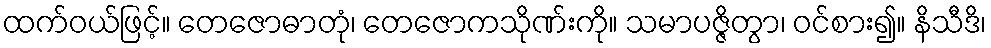
ထက်ဝယ်ဖြင့်။ တေဇောဓာတုံ၊ တေဇောကသိုဏ်းကို။ သမာပဇ္ဇိတွာ၊ ဝင်စား၍။ နိသီဒိ၊